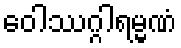
ဝေါဿဂ္ဂါရမ္မဏံ